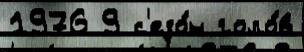
1976 9 с'езо́н голо́в